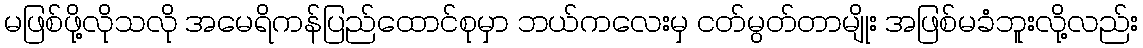
မဖြစ်ဖို့လိုသလို အမေရိကန်ပြည်ထောင်စုမှာ ဘယ်ကလေးမှ ငတ်မွတ်တာမျိုး အဖြစ်မခံဘူးလို့လည်း